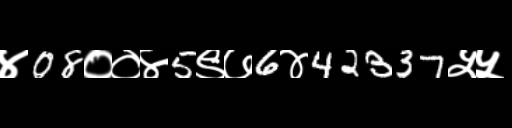
Text: ४08००४5९७6४42337५५